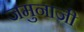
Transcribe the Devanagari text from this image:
जमुनाजी